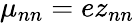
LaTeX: {\mu}_{nn}=ez_{nn}